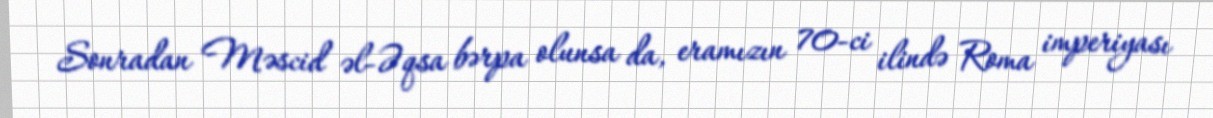
Sonradan Məscid əl-Əqsa bərpa olunsa da, eramızın 70-ci ilində Roma imperiyası